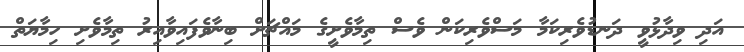
އަދި ވިދާޅުވީ ދަނޑުވެރިކަމާ މަސްވެރިކަން ވެސް ތިމާވެށީގެ މައްޗަށް ބިނާވެފައިވާއިރު ތިމާވެށި ހިމާޔަތް